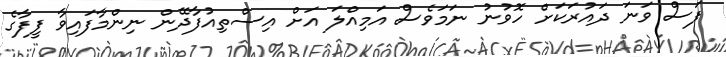
ފަސް ވަނަ ދައުރަކަށް ހޮވުނު ނަމަވެސް އަމިއްލަ އަށް އިސްތިއުފާދޭން ނިންމާފައިވާ ފީފާގެ